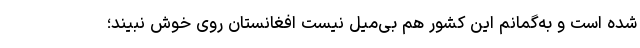
شده است و به‌گمانم این کشور هم بی‌میل نیست افغانستان روی خوش نبیند؛